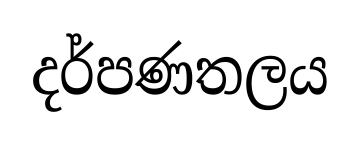
දර්පණතලය